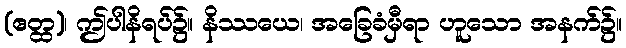
(ဧတ္ထ)၊ ဤပါနိရပ်၌။ နိဿယေ၊ အခြေခံမှီရာ ဟူသော အနက်၌။